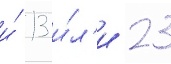
и́ 13 и́л'и 23